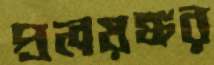
প্রলয়ঙ্কর